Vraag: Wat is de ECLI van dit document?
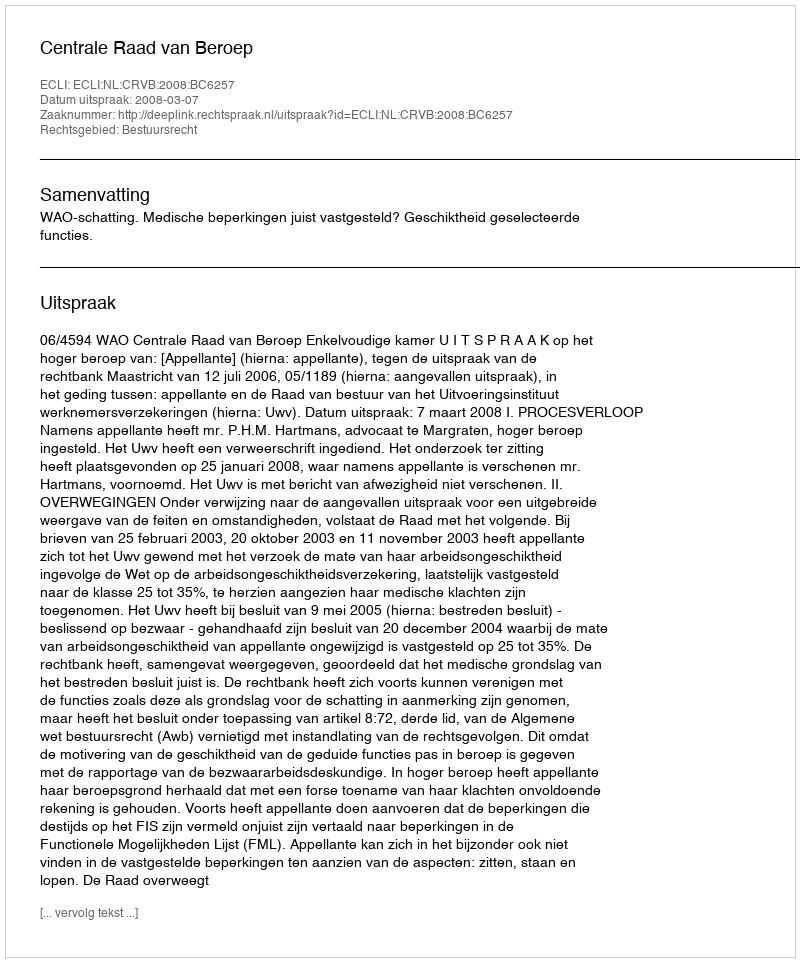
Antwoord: ECLI:NL:CRVB:2008:BC6257